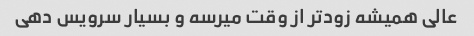
عالی همیشه زودتر از وقت میرسه و بسیار سرویس دهی